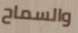
والسماح